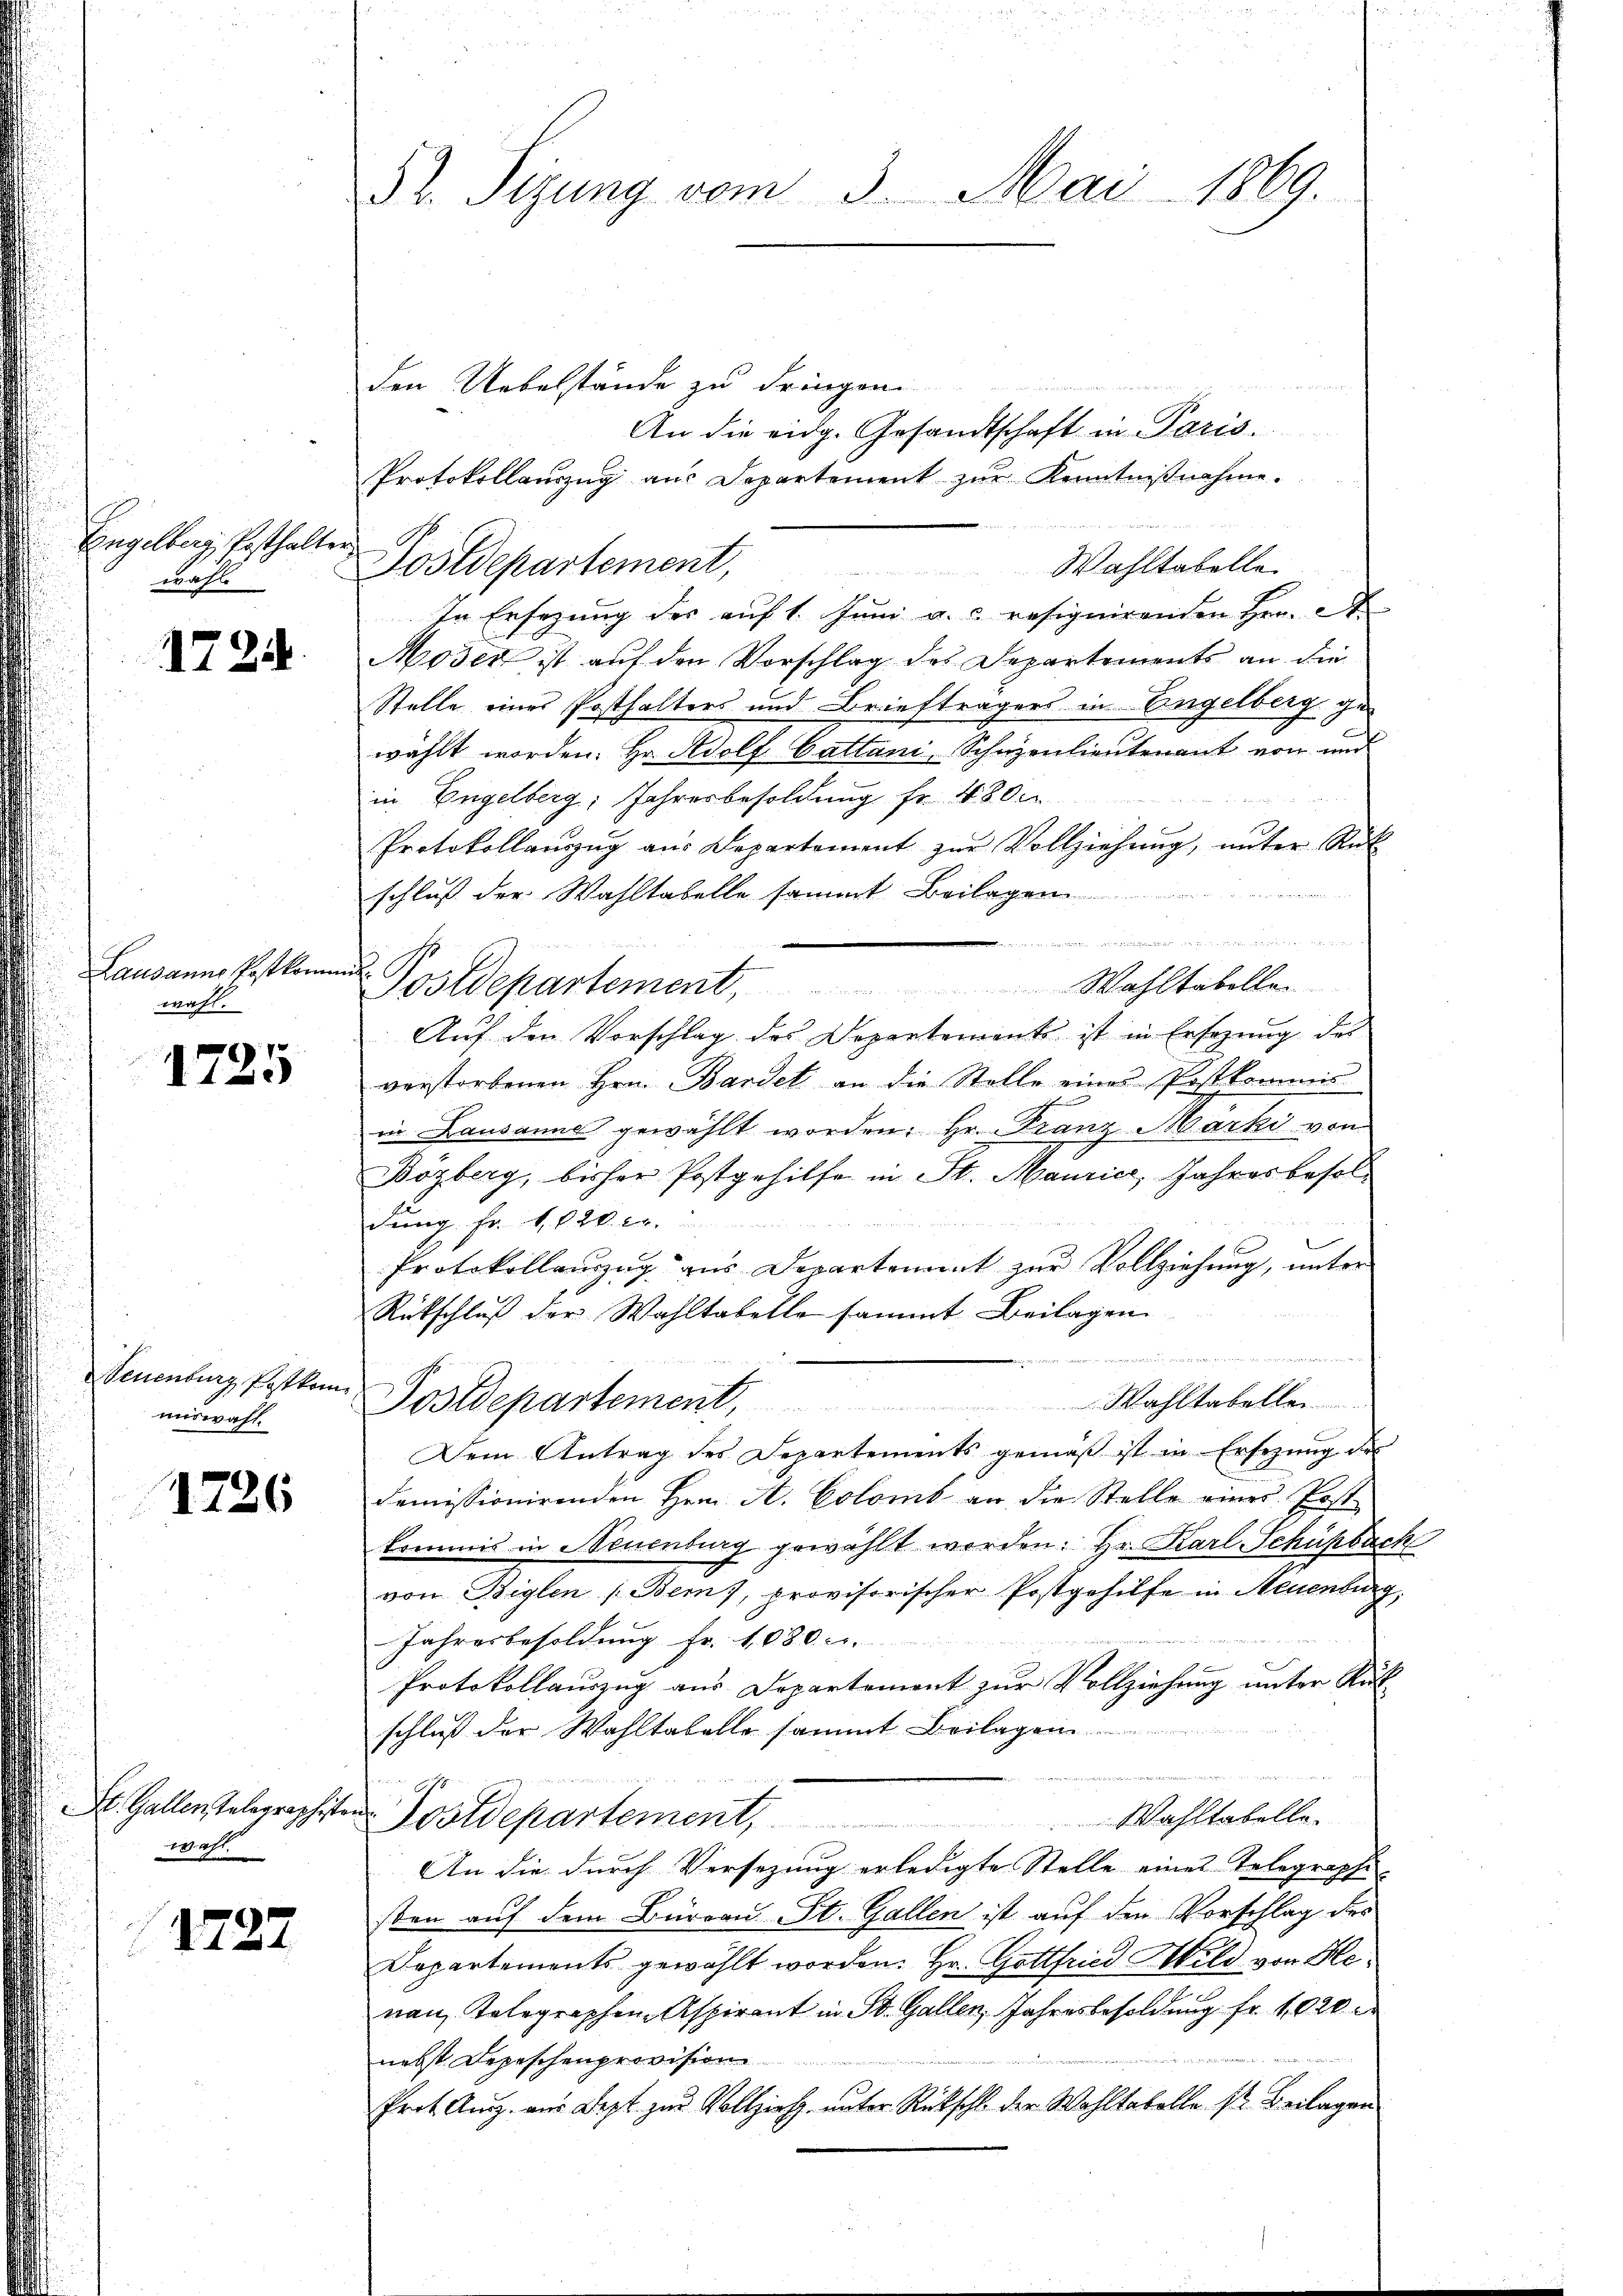
Engelberg, Posthalter

1724

Lausanns Postkommt.
wahl.

1725

Neuenburg Postkommiswahl.

1726

den Uebelstände zu dringen

An die eidg. Gesandtschaft in Paris.
Protokollauszug aus Departement zur Kenntnißnahme.
Wahltabelle.
         denen
In Ersezung des auf 1. Juni a. resignirenden Hrn. A
Moser ist auf den Vorschlag des Departements an die
Stelle eines Posthalters und Briefträgers in Engelberg ge-
wählt worden. Hr. Adolf Cattani, Schuzenlieutenant von und
in Engelberg, Jahresbesoldung fr. 4800
Protokollaŭszŭg aŭs Departement zŭr Vollziehŭng, unter Rük
schluß der Wahltabelle sammt Beilagen

Postdepartement, Wahltabellen.
Auf den Vorschlag des Departements ist in Ersezung des
verstorbenen Hrn. Bardet an die Stelle eines Postkommis
in Lausanne gewählt worden. Hr. Franz Marki von
Bözberg, bisher Postgehilfe in St. Maurice, Jahresbesoldung Fr. 1820 c.
Protokollanzŭg aŭs Departement zŭr Vollziehŭng ŭnter
Rütschluß der Wahltabelle sammt Beilagen.

e
Wahltabellen
Postdepartement,
Dem Antrag des Departements gemäβ ist in Ersezung der
demissionirenden Hrn. A. Colomb an die Stelle einer Post
kommis in Neuenburg gewählt worden. Hr. Karl Schüpbach
von Biglen (Bem, provisorischer Postgehilfe in Steuenburg,
Jahresbesoldung fr. 1080.
Protokollauszug aus Departement zur Vollziehung unter Rück-
schluß der Wahltabelle sammt Beilagen.
Wahltabelle.
Postdepartement,
An die durch Versezung erledigte Stelle eines Telegraphi-
sten auf dem Büreau St. Gallen ist auf den Vorschlag des
Departements gewählt worden. Hr. Gottfried Wild von Henau, Telegraphen Aspirant in St. Gallen, Jahresbesoldung fr. 1020 d
nebst Depeschenprovision
Prot. Aŭg. aus Jezt zur Vollzieh unter Rückschl. der Wohltabelle Nr. Beilagen

St. Gallen Telegraphisten.
wahr

1727

52. Sizung vom 3. Mai 1869

wahl Postdepartement,